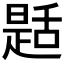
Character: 𦧪